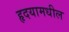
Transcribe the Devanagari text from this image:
हृदयामधील